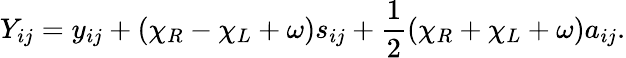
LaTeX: Y_{ij}=y_{ij}+(\chi_{R}-\chi_{L}+\omega)s_{ij}+\frac{1}{2}(\chi_{R}+\chi_{L}+\omega)a_{ij}.